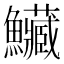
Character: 𩽮